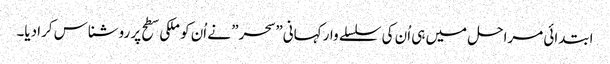
ابتدائی مراحل میں ہی اُن کی سلسلے وار کہانی” سحر” نے اُن کو ملکی سطح پر روشناس کرادیا۔